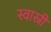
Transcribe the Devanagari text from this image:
स्वास्नी